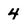
Character: 4